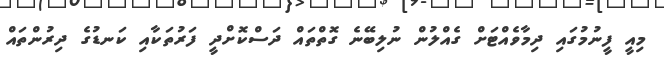
މިއީ ފީނުމުގައި ދިމާވެއްޓަށް ގެއްލުން ނުލިބޭނެ ގޮތްތައް ދަސްކޮށްދީ ފަރުތަކާއި ކަނޑުގެ ދިރުންތައް